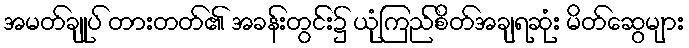
အမတ်ချုပ် တားတတ်၏ အခန်းတွင်း၌ ယုံကြည်စိတ်အချရဆုံး မိတ်ဆွေများ